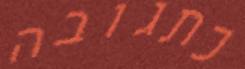
כתגובה